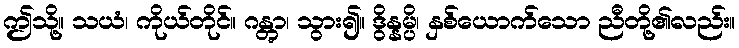
ဤသို့။ သယံ၊ ကိုယ်တိုင်။ ဂန္တွာ၊ သွား၍။ ဒွိန္နမ္ပိ၊ နှစ်ယောက်သော ညီတို့၏လည်း။